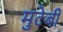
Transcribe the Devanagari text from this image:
मुटेबी